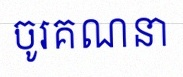
ចូរគណនា